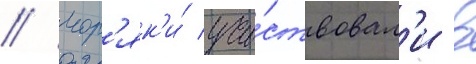
// Мор'як'и́ уча́ствовал'и в